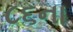
૮૬ના